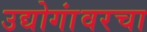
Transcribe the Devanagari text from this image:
उद्योगांवरचा